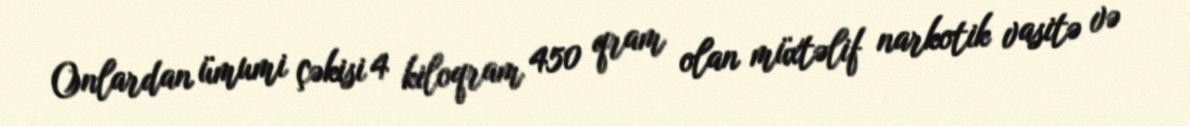
Onlardan ümumi çəkisi 4 kiloqram 450 qram olan müxtəlif narkotik vasitə və